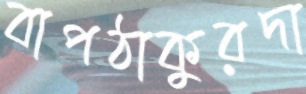
বাপঠাকুরদা